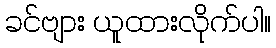
ခင်ဗျား ယူထားလိုက်ပါ။